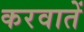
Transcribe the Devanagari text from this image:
करवातें